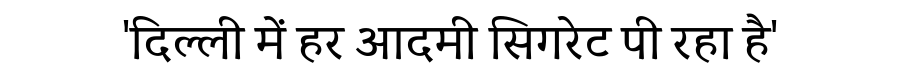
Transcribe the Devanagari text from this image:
'दिल्ली में हर आदमी सिगरेट पी रहा है'